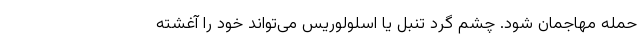
حمله مهاجمان شود. چشم گرد تنبل یا اسلولوریس می‌تواند خود را آغشته